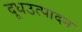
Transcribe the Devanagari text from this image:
दूधउत्पादन